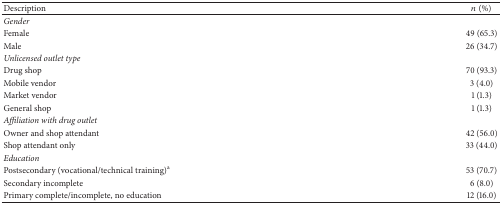
| Description | n (%) |
 | --- | --- |
 | <COLSPAN=2> Gender |
 | Female | 49 (65.3) |
 | Male | 26 (34.7) |
 | <COLSPAN=2> Unlicensed outlet type |
 | Drug shop | 70 (93.3) |
 | Mobile vendor | 3 (4.0) |
 | Market vendor | 1 (1.3) |
 | General shop | 1 (1.3) |
 | <COLSPAN=2> Affiliation with drug outlet |
 | Owner and shop attendant | 42 (56.0) |
 | Shop attendant only | 33 (44.0) |
 | <COLSPAN=2> Education |
 | Postsecondary (vocational/technical training)a | 53 (70.7) |
 | Secondary incomplete | 6 (8.0) |
 | Primary complete/incomplete, no education | 12 (16.0) |